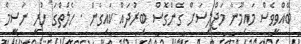
ބޭއްވީވެސް މައިމޫނާ މަޖްލިސަށް ގެންގޮސް ބިރުދައް ކައިގެން . ހެލްތްގަ ހުރީ ނަސީމް